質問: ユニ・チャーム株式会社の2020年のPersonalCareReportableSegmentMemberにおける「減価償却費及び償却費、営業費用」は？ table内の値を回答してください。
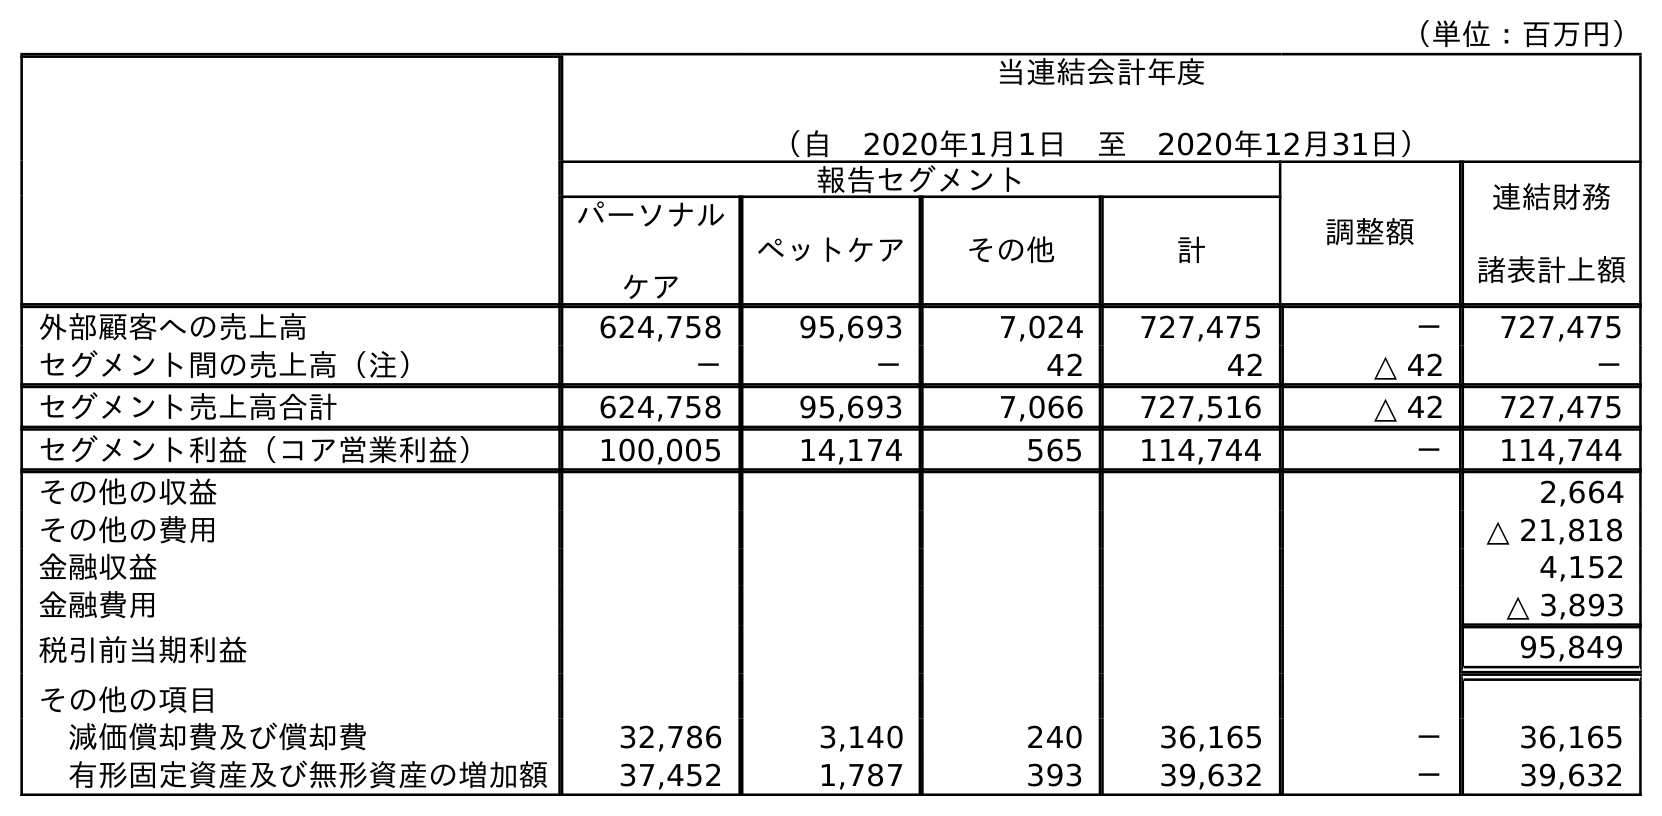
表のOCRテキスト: （単位：百万円） 当連結会計年度 （自 2020年1月1日 至 2020年12月31日） 報告セグメント 調整額 連結財務 諸表計上額 パーソナル ケア ペットケア その他 計 外部顧客への売上高 624,758 95,693 7,024 727,475 － 727,475 セグメント間の売上高（注） － － 42 42 △ 42 － セグメント売上高合計 624,758 95,693 7,066 727,516 △ 42 727,475 セグメント利益（コア営業利益） 100,005 14,174 565 114,744 － 114,744 その他の収益 2,664 その他の費用 △ 21,818 金融収益 4,152 金融費用 △ 3,893 税引前当期利益 95,849 その他の項目 減価償却費及び償却費 32,786 3,140 240 36,165 － 36,165 有形固定資産及び無形資産の増加額 37,452 1,787 393 39,632 － 39,632
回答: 32,786